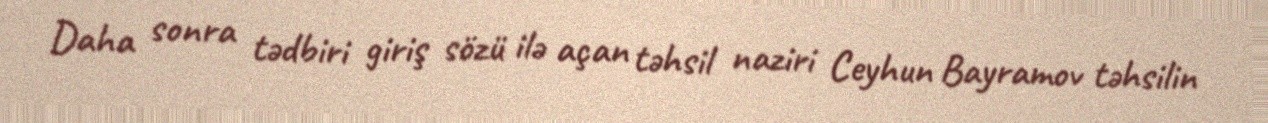
Daha sonra tədbiri giriş sözü ilə açan təhsil naziri Ceyhun Bayramov təhsilin